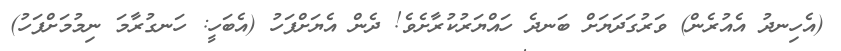
(އެހިނދު އެއުރެން) ވަރުގަދަޔަށް ބަނދެ ހައްޔަރުކުރާށެވެ! ދެން އެޔަށްފަހު (އެބަހީ: ހަނގުރާމަ ނިމުމަށްފަހު)